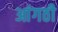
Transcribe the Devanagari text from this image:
आंगठी